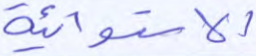
الاستوائية